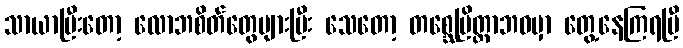
သာယာပြီးတော့ လောဘစိတ်တွေများပြီး သေတော့ တစ္ဆေပြိတ္တာဘဝမှာ တွေ့နေကြရပြီ